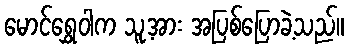
မောင်ရွှေဝါက သူ့အား အပြစ်ပြောခဲ့သည်။